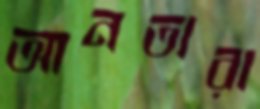
আনতারা